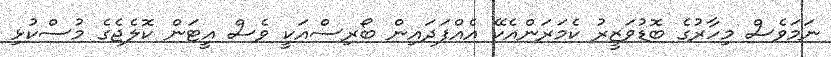
ނަމަވެސް މިހާރުގެ ބޮޑުވަޒީރު ކެމަރަންއެކޭ އެއްފަދައިން ބޯރިސްއަކީ ވެސް އީޓަން ކޮލެޖެގެ މުސްކުޅި